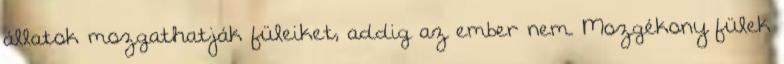
állatok mozgathatják füleiket, addig az ember nem. Mozgékony fülek